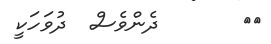
١٨       ދެންވެސް  ދުވަހަކީ